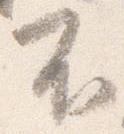
不